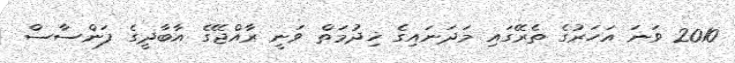
2010 ވަނަ އަހަރުގެ ތެރޭގައި މަދަނައިގެ ޚިދުމަތް ވަނީ ރާއްޖޭގެ އާބާދީގެ ފަންސާސް